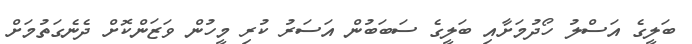
ބަލީގެ އަސްލު ހޯދުމަށާއި ބަލީގެ ސަބަބުން އަސަރު ކުރި މީހުން ވަޒަންކޮށް ދެނެގަތުމަށް